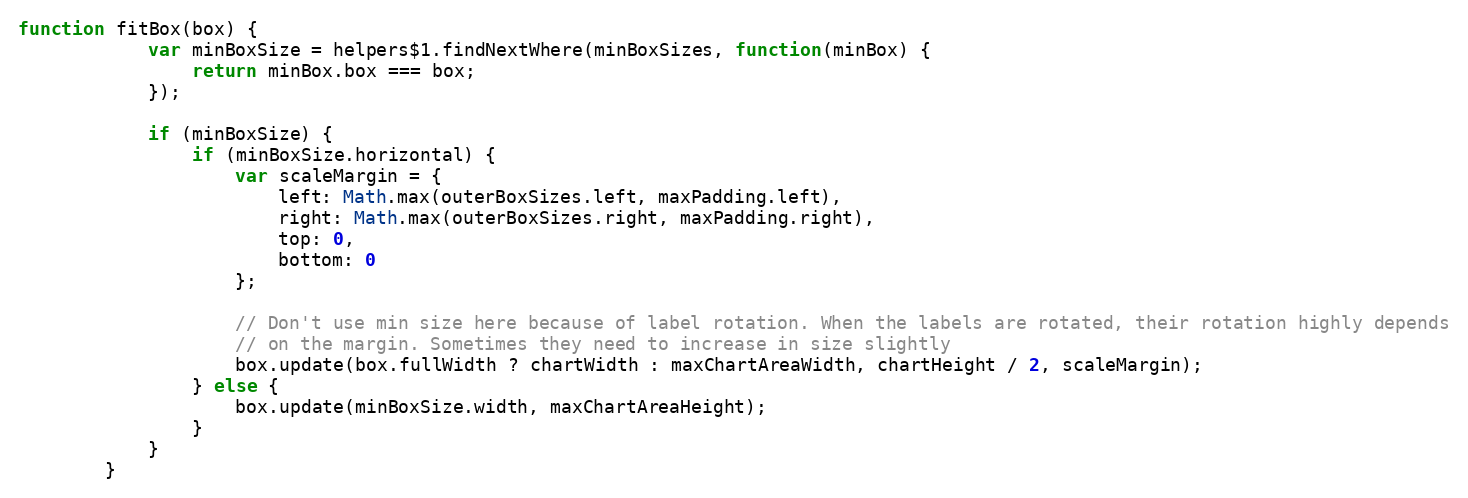
Language: JavaScript
function fitBox(box) {
			var minBoxSize = helpers$1.findNextWhere(minBoxSizes, function(minBox) {
				return minBox.box === box;
			});

			if (minBoxSize) {
				if (minBoxSize.horizontal) {
					var scaleMargin = {
						left: Math.max(outerBoxSizes.left, maxPadding.left),
						right: Math.max(outerBoxSizes.right, maxPadding.right),
						top: 0,
						bottom: 0
					};

					// Don't use min size here because of label rotation. When the labels are rotated, their rotation highly depends
					// on the margin. Sometimes they need to increase in size slightly
					box.update(box.fullWidth ? chartWidth : maxChartAreaWidth, chartHeight / 2, scaleMargin);
				} else {
					box.update(minBoxSize.width, maxChartAreaHeight);
				}
			}
		}